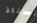
أستاذ